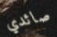
صائدي